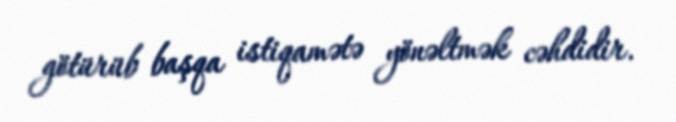
götürüb başqa istiqamətə yönəltmək cəhdidir.